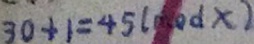
3 0 + 1 = 4 5 ( m o d x )